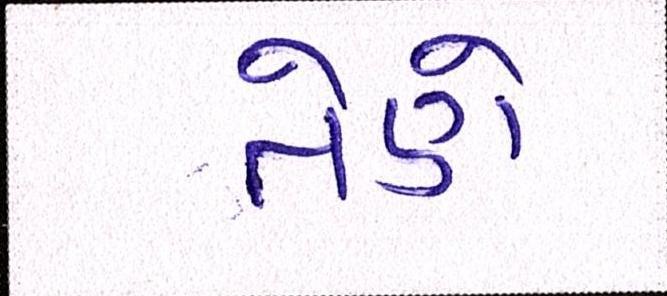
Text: તેણે